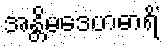
အန္တိမဒေဟဓာရိံ